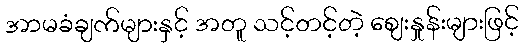
အာမခံချက်များနှင့် အတူ သင့်တင့်တဲ့ ဈေးနှုန်းများဖြင့်